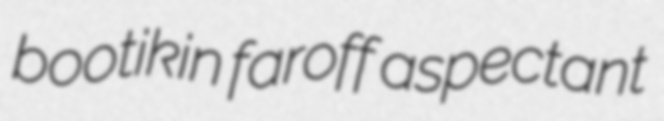
bootikin faroff aspectant